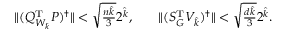
\begin{array} { r l r } & { \| ( Q _ { W _ { \widehat { k } } } ^ { \mathrm { T } } P ) ^ { \dagger } \| < \sqrt { \frac { n \widehat { k } } { 3 } } 2 ^ { \widehat { k } } , \quad } & { \| ( S _ { G } ^ { \mathrm { T } } V _ { \widehat { k } } ) ^ { \dagger } \| < \sqrt { \frac { d { \widehat { k } } } { 3 } } 2 ^ { \widehat { k } } . } \end{array}